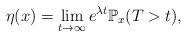
LaTeX: \begin{align*} \eta(x)=\lim_{t\to\infty}e^{\lambda t}\mathbb{P}_{x}(T>t),\end{align*}